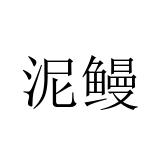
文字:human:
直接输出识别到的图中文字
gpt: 泥鳗